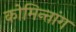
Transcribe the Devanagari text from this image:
कोमिन्तांग